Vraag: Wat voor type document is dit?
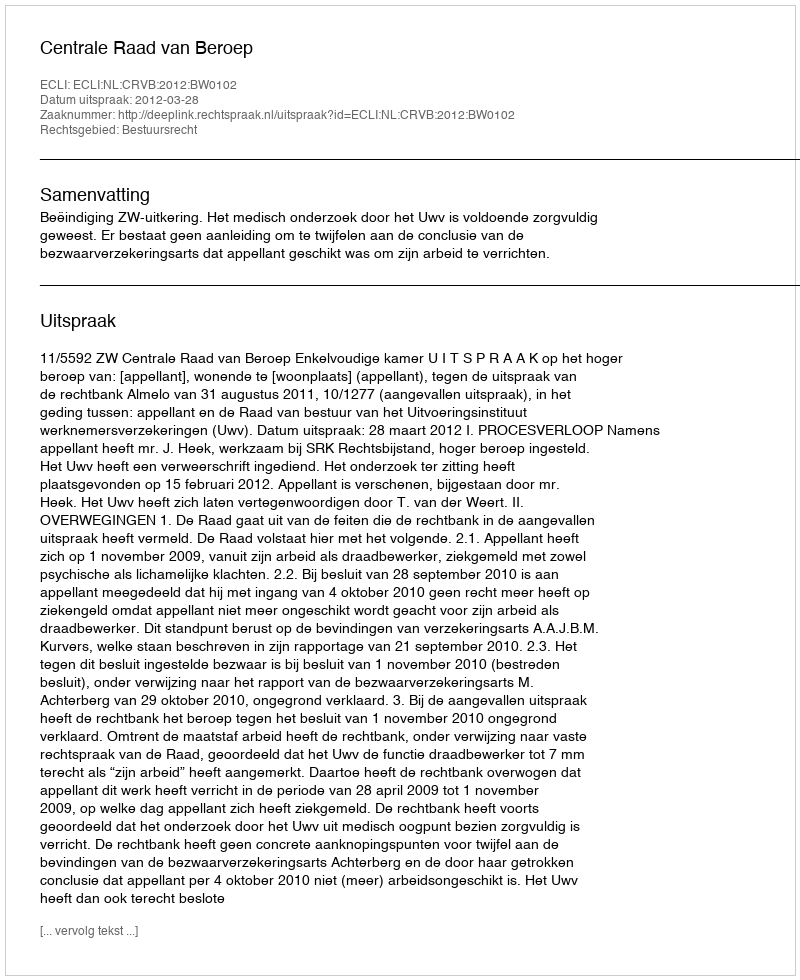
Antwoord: Uitspraak